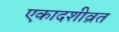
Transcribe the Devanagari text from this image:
एकादशीव्रत